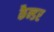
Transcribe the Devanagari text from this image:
कैन्डर